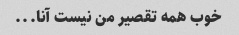
خوب همه تقصیر من نیست آنا...